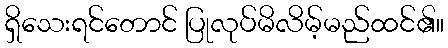
ရှိသေးရင်တောင် ပြုလုပ်မိလိမ့်မည်ထင်၏။